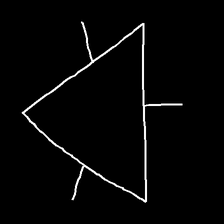
Glyph: fire